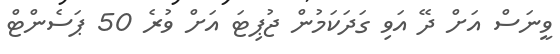
ވީނަސް އަށް ދޭ އަވި ގަދަކަމުން ޖުޕިޓަ އަށް ވުރެ 50 ޕަސެންޓް